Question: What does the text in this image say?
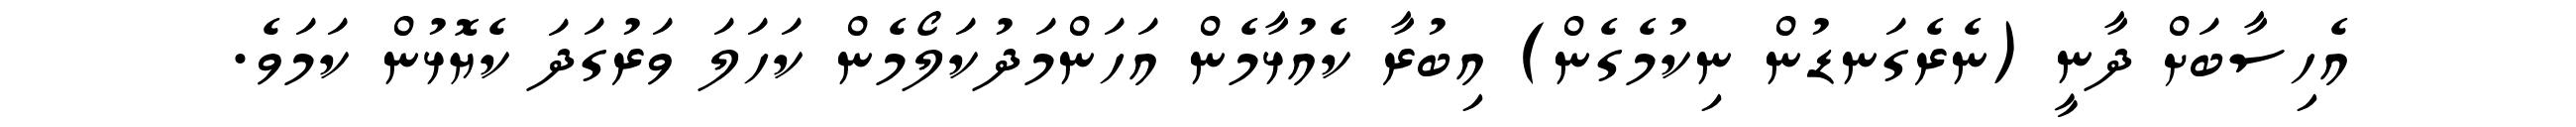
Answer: އެހިސާބަށް ދާނީ (ނެރެގަނޑުން ނިކުމެގެން) އިބުރާ ކެއުޅާމެން އަހަންމަދުކަލޯމެން ކަހަލަ ވަރުގަދަ ކެޔޮޅުން ކަމަވެ.